Report on malaria in the Punjab during the year ...  together with an account of the work of the Punjab Malaria Bureau - Volume 4
Disease focus: Malaria
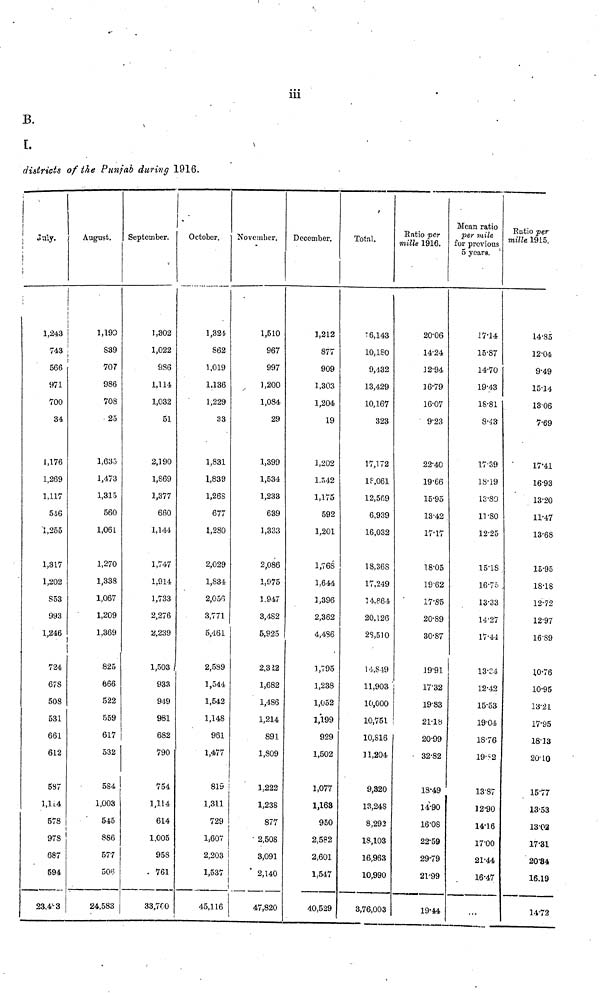
iii
B.
I.
districts of ¿he Punjab during 1916.
July.
1,243
743
566
971
700
34
1,176
1,269
1,117
546
1,255
1,317
1,202
853
993
1,246
724
67S
508
531
661
612
5S7
1,114
578
978
687
594
23,43
August.
1,190
839
707
986
708
25
1,635
1,473
1,315
560
1,061
1,270
1,338
1,067
1,209
1,369
825
666
522
559
617
532
584
1,003
545
886
577
506
24,583
September.
1,302
1,022
986
1,114
1,032
51
2,190
1,869
1,377
660
1,144
1,747
1,914
1,733
2,276
2,239
1,503
933
949
981
682
790
754
1,114
614
1,005
958
761
33,700
October.
1,324
862
1,019
1,136
1,229
33
1..831
1,839
1,268
677
1,280
2,029
1,S34
2,056
3,771
5,461
2,589
1,544
1,542
1,148
961
1,477
819
1,311
729
1,607
2,203
1,537
45,116
November.
1,510
967
997
1,200
1,084
29
1,399
1,534
1,233
639
1,333
2,086
1,975
1.947
3,482
5,925
2,322
1,682
1,486
1,214
891
1,809
1,222
1,238
877
2,508
3,091
2,140
47,820
December.
1,212
877
909
1,303
1,204
19
1,202
1,542
1,175
592
1,201
1,768
1..644
3,396
2,362
4,486
1,795
1,238
1,052
1,199
929
1,502
1,077
1,163
950
2,582
2,601
1,547
40,529
Total.
16,143
10,180
9,432
13,429
10,167
323
17,172
18,061
12,569
6,939
16,032
18,368
17,249
14.864
20,126
2S,510
14,849
11,903
10,000
10,751
10,816
] 1,204
9,320
13,24S
8,292
18,103
16,963
10,990
3,76,003
Ratio per
mille 1916.
20.06
14.24
12.94
16.79
16.07
9.23
22.40
19.66
15.95
13.42
17.17
18.05
19.62
17.85
20.89
30.87
19.91
17.32
19.83
21.18
20.99
32.82
18.49
14.90
16.08
22.59
29.79
21.99
19.44
Mean ratio
per mile
for previous
5 years.
17.14
15.87
14.70
19.43
18.81
8.43
1739
18.19
13.80
11.80
12.25
15.18
16.75
13.33
14.27
17.44
13.34
12.42
15.53
19.04
18.76
19.2
13.87
12.90
14.16
17.00
21.44
16.47
Ratio per
mille 1915.
14.85
12.04
9.49
15.14
1306
7.69
17.41
16.93
13.20
11.47
13.68
15.95
18.18
12.72
12.97
16.89
10.76
10.95
13.21
17.95
18.13
20.10
15.77
13.53
13.02
17.31
20'84
16.19
14.72